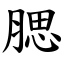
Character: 腮